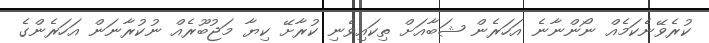
ކުރެވޭނެކަމެއް ނޯންނާނެ އަހަރެން ޝަބާއަށް ތިކައިވެނި ކުރާށޭ ކިޔާ މަޖުބޫރެއް ނުކުރާނަން އަހަރެންގެ